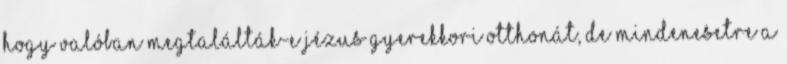
hogy valóban megtalálták-e Jézus gyerekkori otthonát, de mindenesetre a